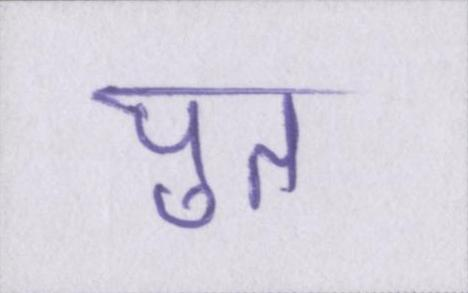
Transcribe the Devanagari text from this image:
पुत